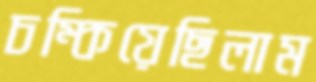
চম্‌কিয়েছিলাম